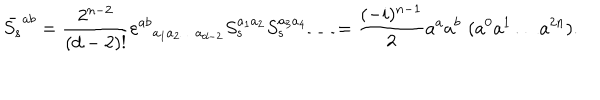
\bar { S _ { s } } ^ { a b } = \frac { 2 ^ { n - 2 } } { ( d - 2 ) ! } \varepsilon ^ { a b } { } _ { a _ { 1 } a _ { 2 } \ldots a _ { d - 2 } } S _ { s } ^ { a _ { 1 } a _ { 2 } } S _ { s } ^ { a _ { 3 } a _ { 4 } } \ldots = \frac { ( - i ) ^ { n - 1 } } { 2 } a ^ { a } a ^ { b } \, \, ( a ^ { 0 } a ^ { 1 } \ldots a ^ { 2 n } ) .